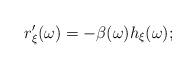
LaTeX: \begin{align*}r_{\xi}^{\prime}(\omega) = -\beta(\omega) h_{\xi}(\omega);\end{align*}